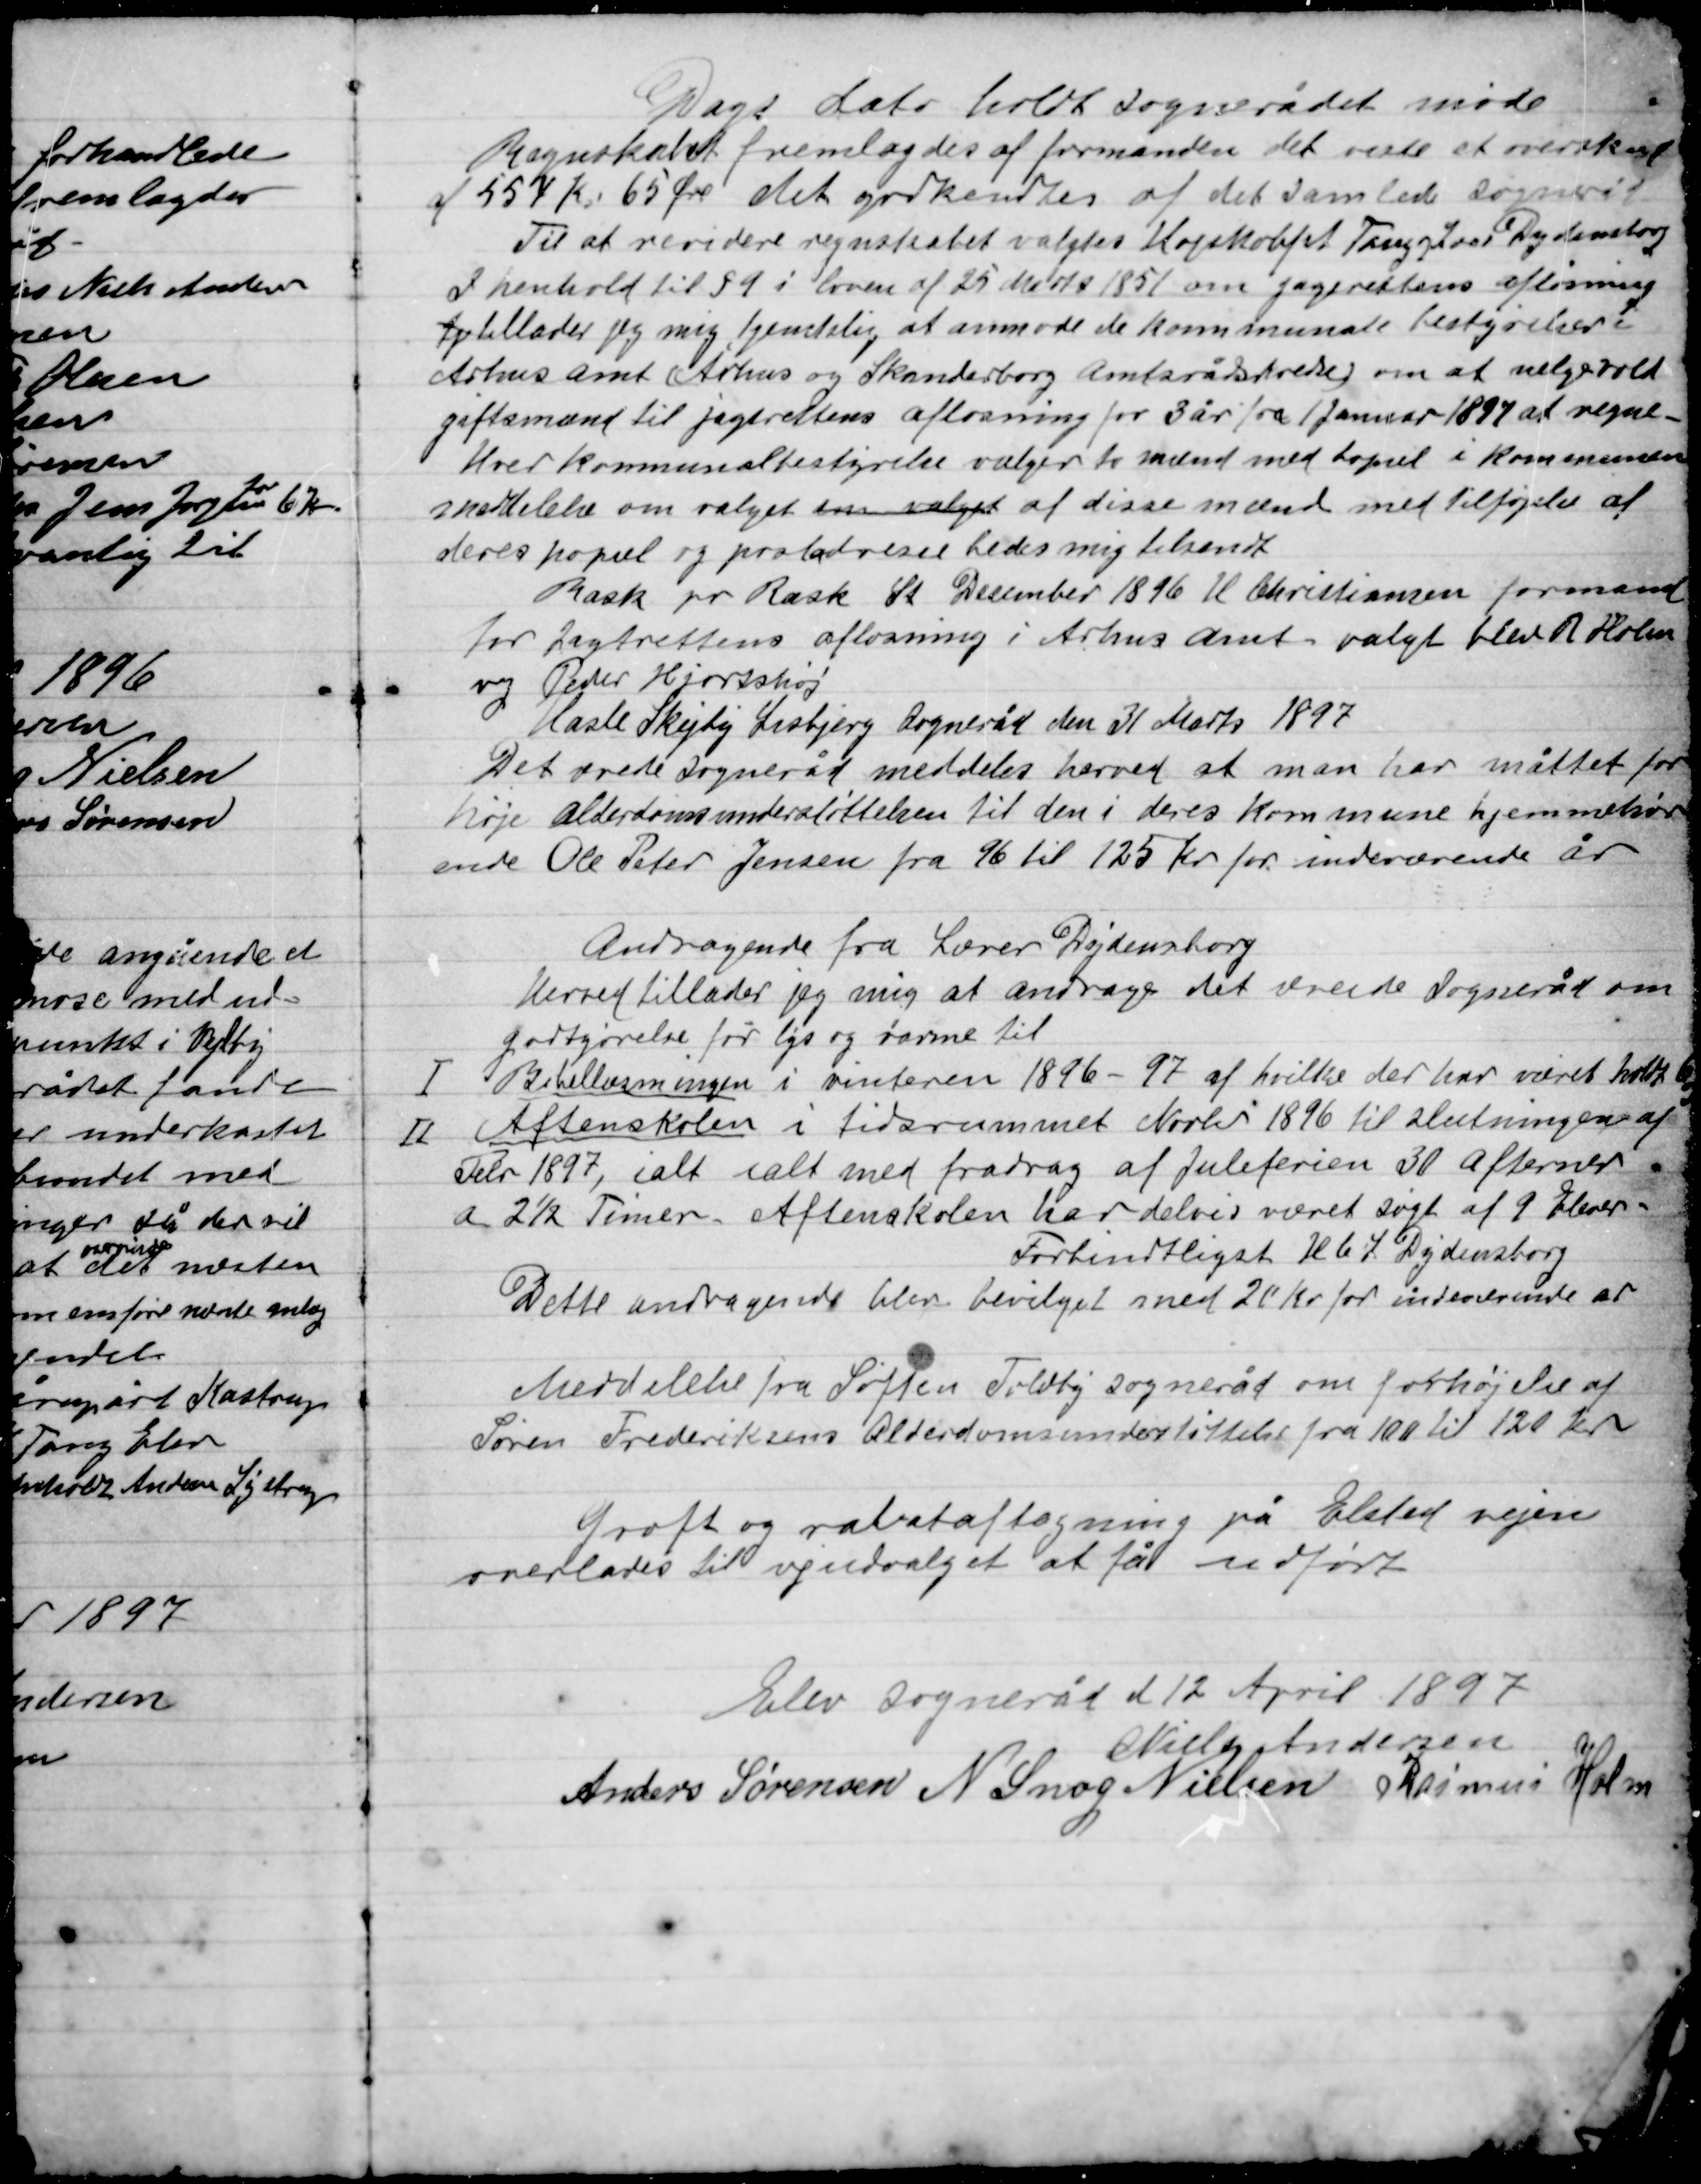
Transskription:
Dags dato holdt Sognerådet møde
Regnskabet fremlagdes af formanden det viste et overskud
af 557 Kr. 65 Øre det godkendes af det samlede Sogneråd.
Til at revidere regnskabet valgtes Højskolefst Tang og Lærer Dydensborg
I henhold til § 9 i loven af 25 Marts 1851 om jægerettens afløsning
Tj tillader jeg mig tjenstlig at anmode de kommunale bestyrelser i
Århus Amt Århus og Skanderborg amtsrådskredse om at vælge vold-
giftsmænd til jagtrettens afløsning for 3 år fra 1 Januar 1897 at regne
hver kommunalbestyrelse vælger to mænd med bopæl i kommunen
skabelse om valget en valget af disse mænd med tilføjelse af
deres bopæl og protaloeses bedes mig tilsendt.
Rask pr Rask St. December 1896 H. Christiansen formand
for jagtrettens afløsning i Århus Amt valgt blev R. Holm
og Peder Hjortshøj.
Hasle Skejby Lisbjerg Sogneråd den 31 Marts 1897
Det ærede Sogneråd meddeles herved at man har måttet for-
høje Alderdomsunderstøttelsen til den i deres Kommune hjemmehør-
ende Ole Peter Jensen fra 96 til 125 Kr. for indeværende år.

Andragende fra Lærer Dydensborg
Herved tillader jeg mig at andrage det ærede Sogneråd om
Godtgørelse for lys og varme til:
I. Bibellæsninger i vinteren 1896-97 af hvilke der har været holdt 6
II. Aftenskolen i tidsrummet Novbr. 1896 til slutningen af
Febr. 1897, i alt talt med fradrag af juleferien 30 aftener.
a 2½ Timer. Aftenskolen har delvis været søgt af 9 Elever
Fortimdligst H 64 Dydensborg
Dette andragende blev bevilget med 20 Kr. for indeværende år.

Meddelelse fra Søften Trige Sogneråd om forhøjelse af
Søren Frederiksens Alderdomsunderstøttelse fra 100 til 120 Kr.

Grøft og rabataftagning på Elsted vejen
overlades til vejudvalget at få udført

Elev Sogneråd d 12 April 1897

Niels Andersen
Anders Sørensen
N. Snog Nielsen
Rasmus Holm